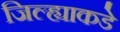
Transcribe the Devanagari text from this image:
जिल्ह्याकडे